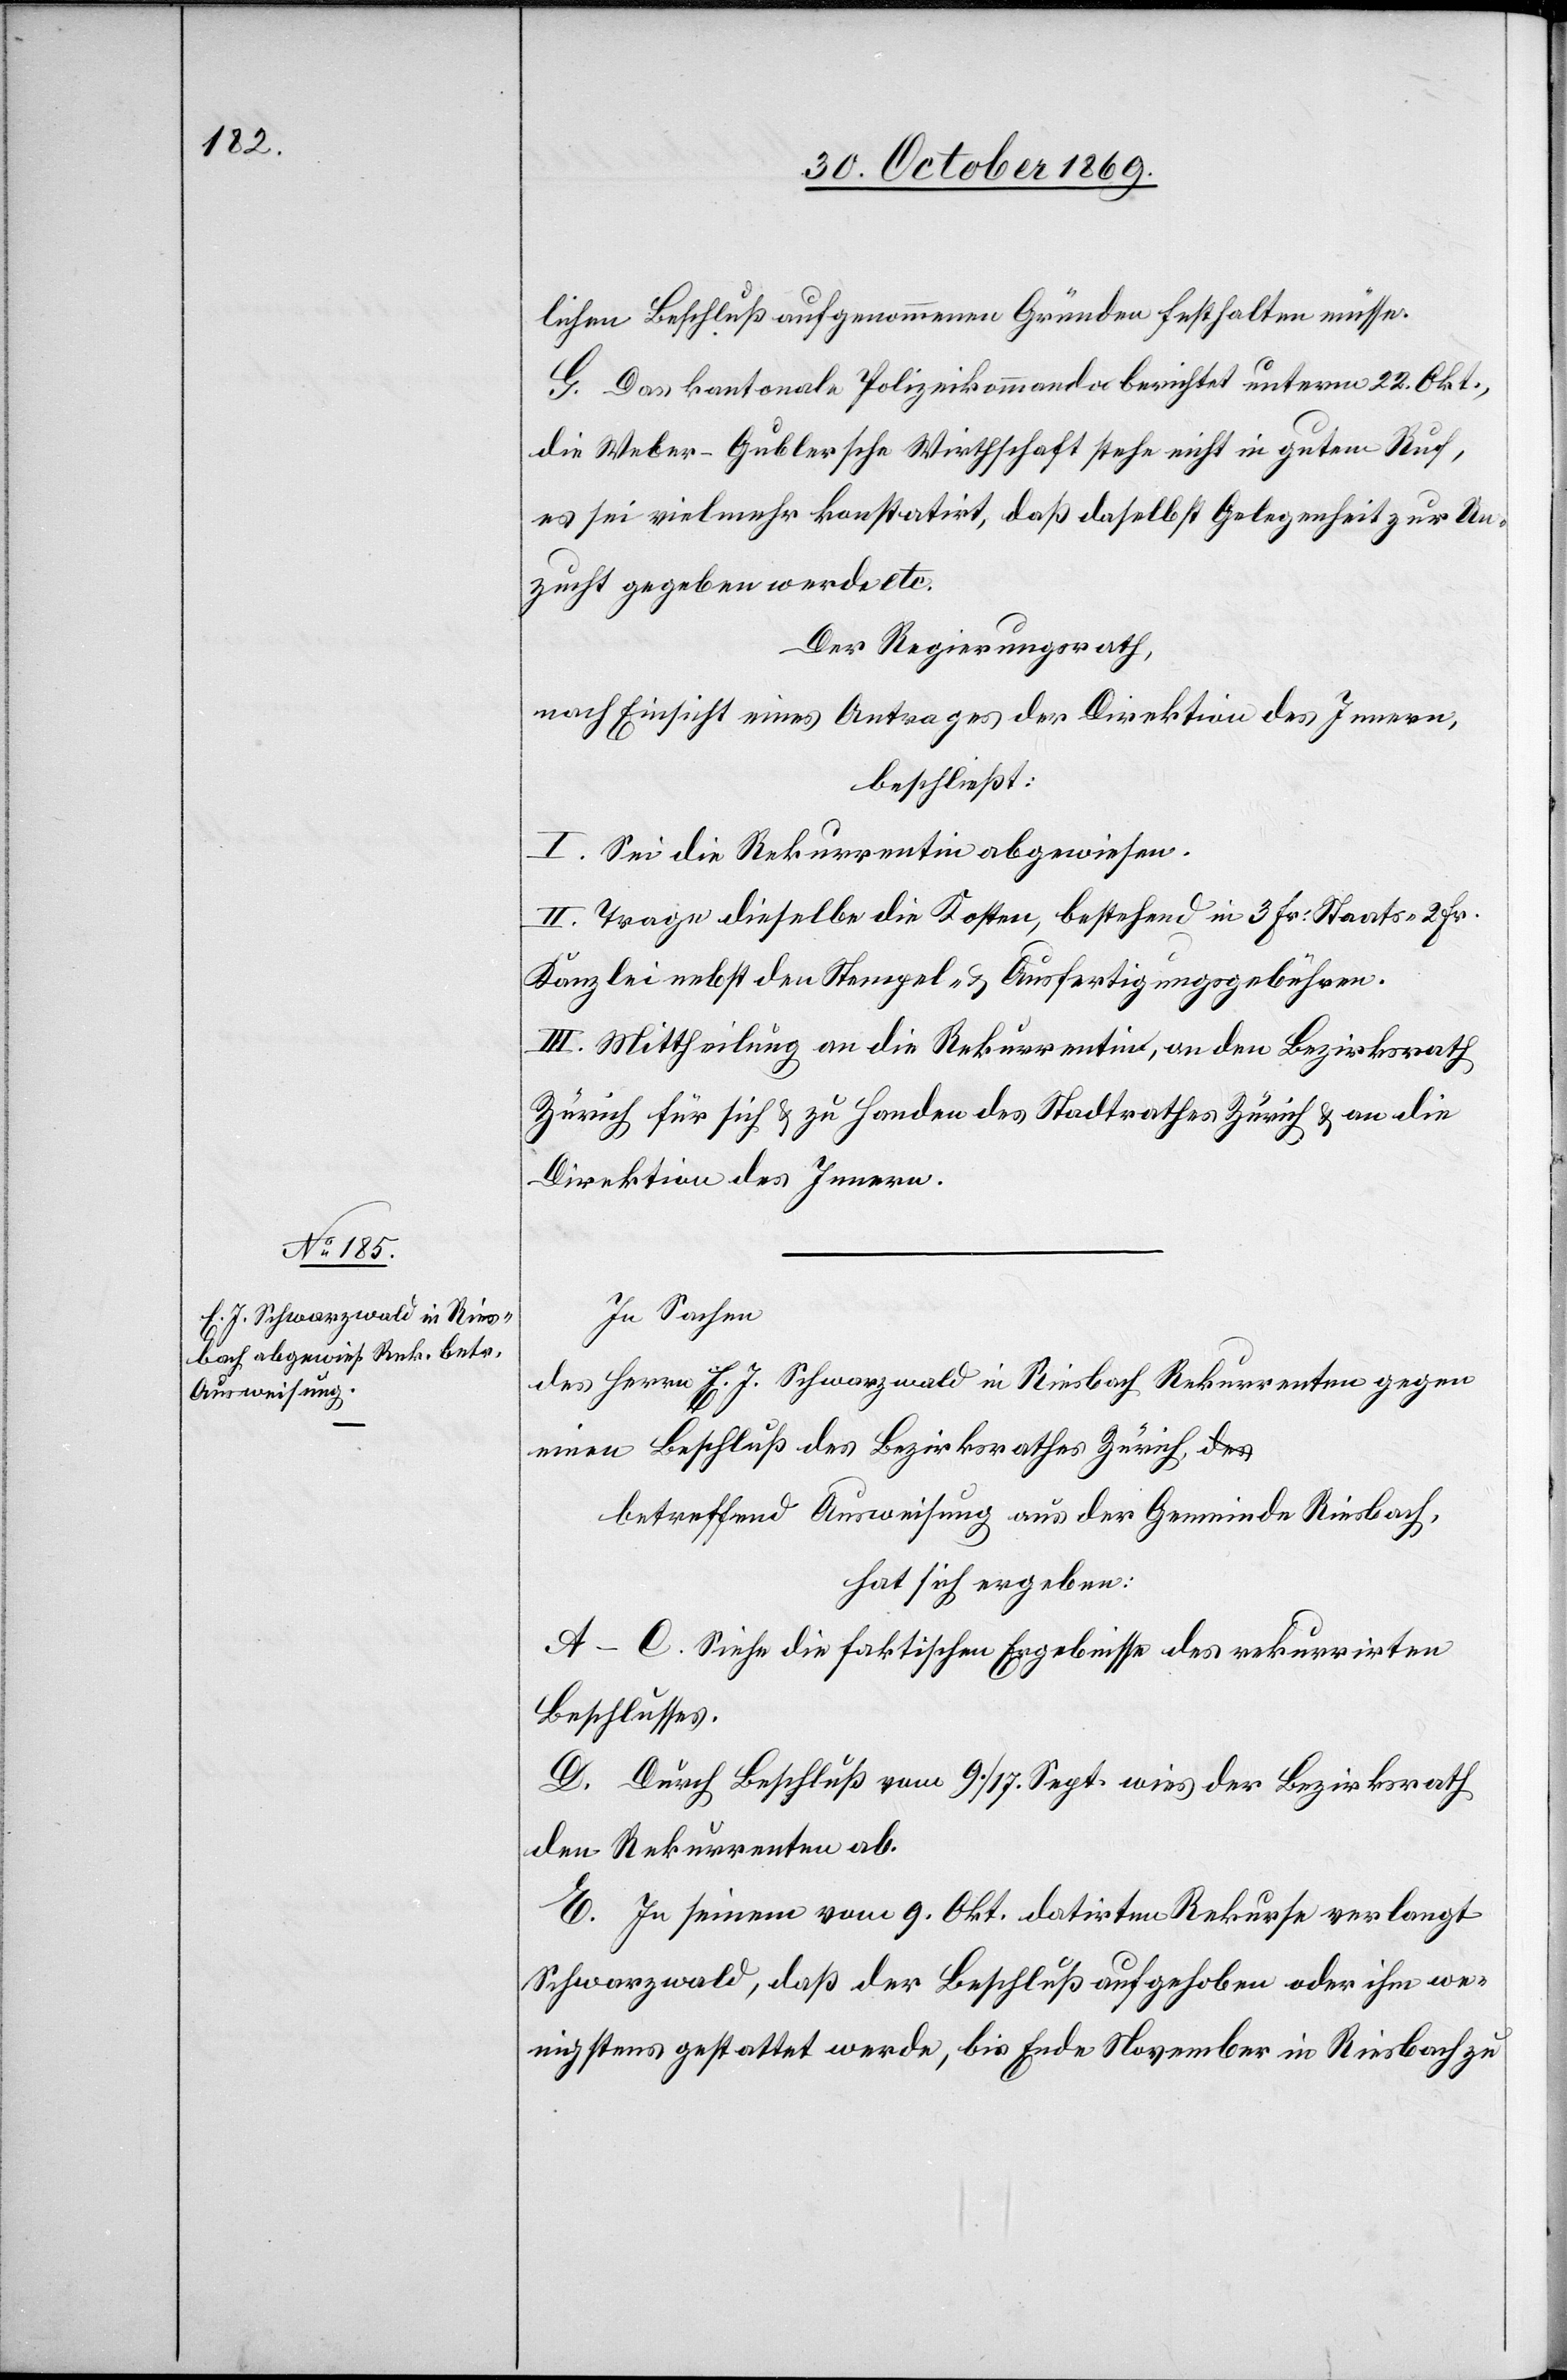
lichen Beschluß aufgenommenen Gründen festhalten müsse.
G. Das kantonale Polizeikommando berichtet unterm 22. Okt.,
die Weber-Gublersche Wirthschaft stehe nicht in gutem Ruf,
es sei vielmehr konstatirt, daß daselbst Gelegenheit zur Un¬
zucht gegeben werde etc.
Der Regierungsrath,
nach Einsicht eines Antrages der Direktion des Innern,
beschließt:
I. Sei die Rekurrentin abgewiesen.
II. Trage dieselbe die Kosten, bestehend in 3 Fr. Staats-[,] 2 Fr.
Kanzlei[-,] nebst den Stempel- & Ausfertigungsgebühren.
III. Mittheilung an die Rekurrentin, an den Bezirksrath
Zürich für sich & zu Handen des Stadtrathes Zürich & an die
Direktion des Innern.
In Sachen
des Herrn E. J. Schwarzwald in Riesbach Rekurrenten gegen
einen Beschluß des Bezirksrathes Zürich,
betreffend Ausweisung aus der Gemeinde Riesbach,
hat sich ergeben:
A–C. Siehe die faktischen Ergebnisse des rekurrirten
Beschlusses.
D. Durch Beschluß vom 9./17. Sept. wies der Bezirksrath
den Rekurrenten ab.
E. In seinem vom 9. Okt. datirten Rekurse verlangt
Schwarzwald, daß der Beschluß aufgehoben oder ihm we¬
nigstens gestattet werde, bis Ende November in Riesbach zu